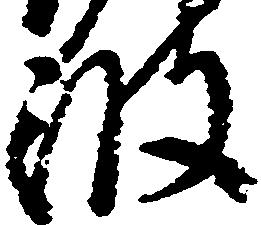
波